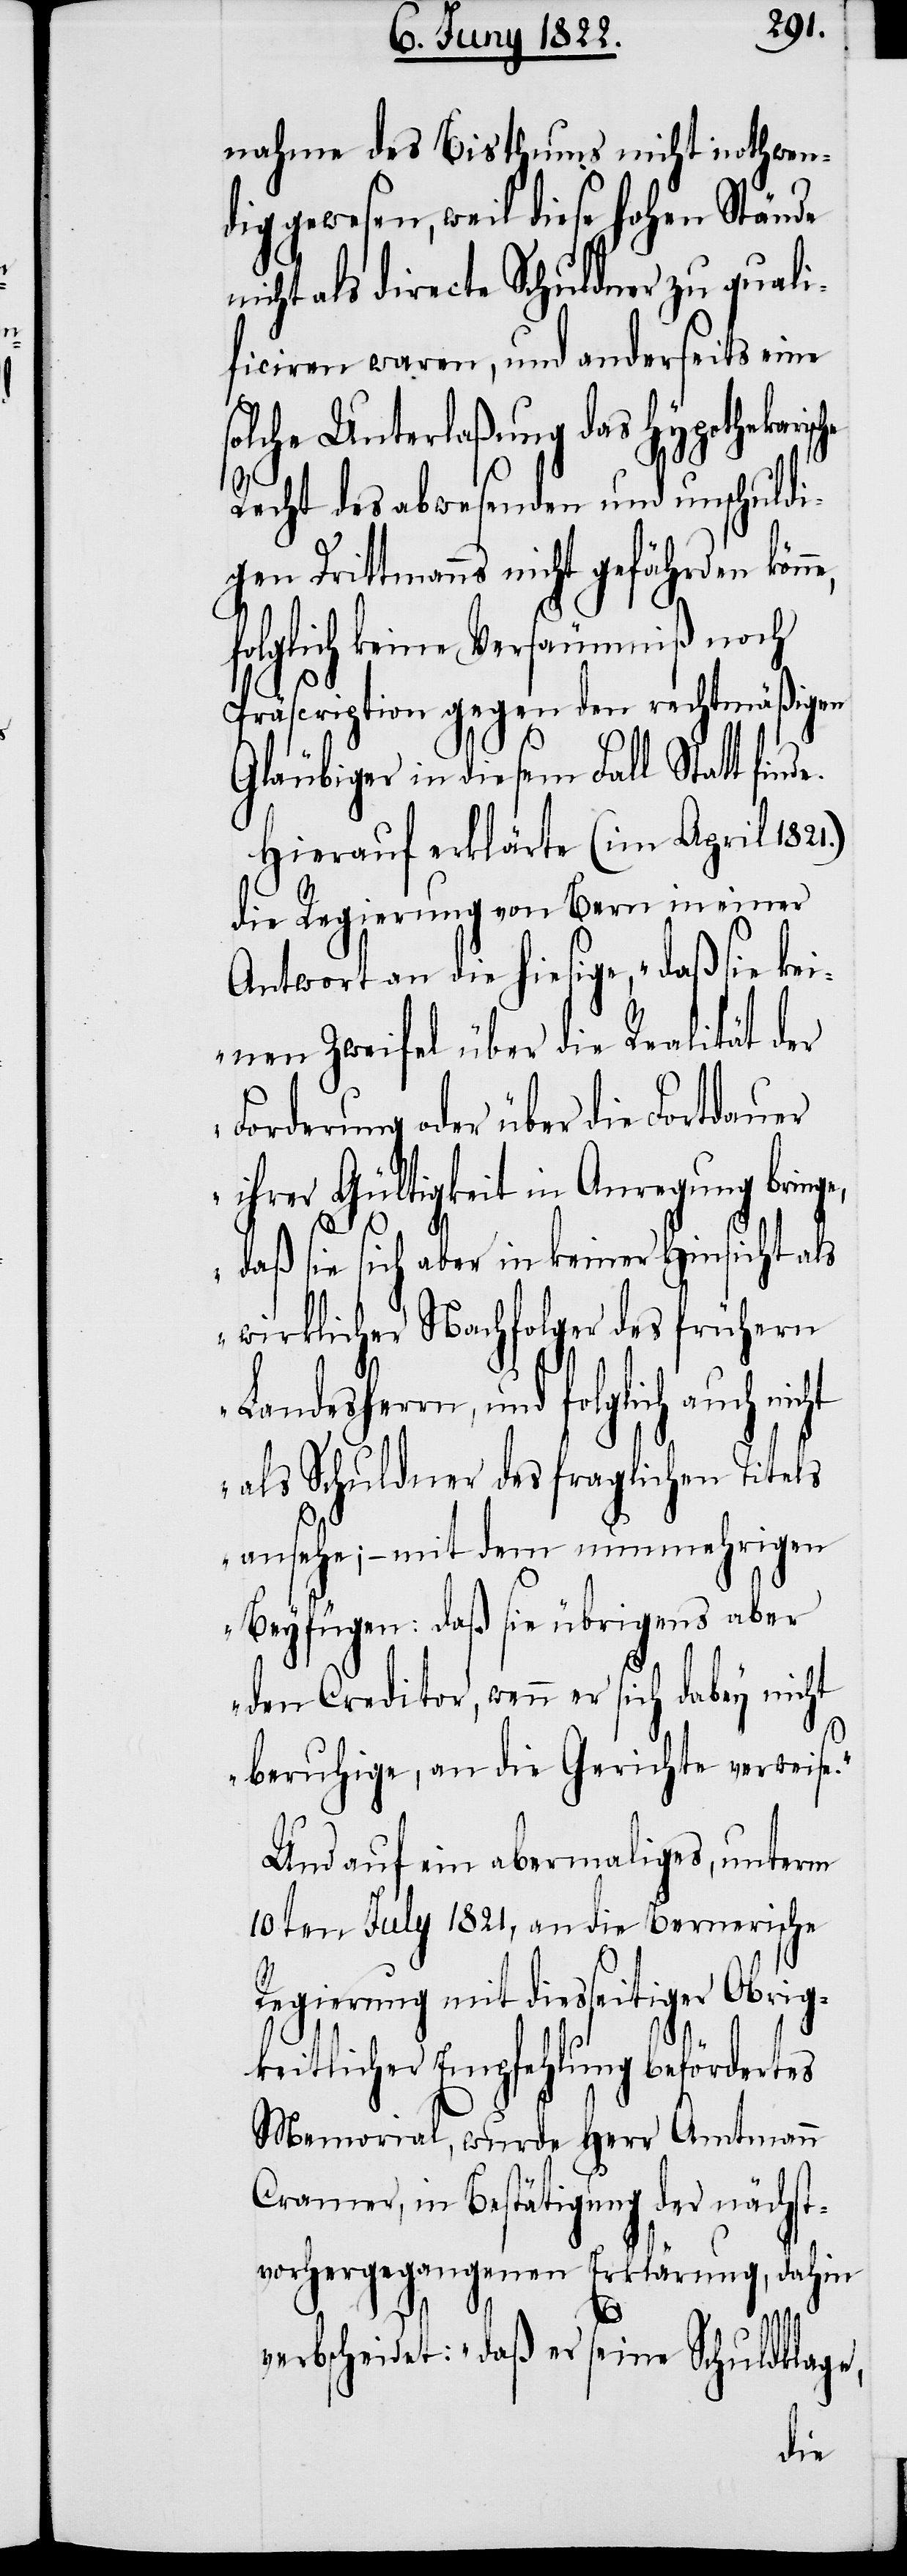
nahme des Bisthums nicht nothwen¬
dig gewesen, weil diese hohen Stände
nicht als directe Schuldner zu quali¬
ficiren waren, und anderseits eine
lche Unterlaßung das hypotheka¬
Recht des abwesenden und unschuldi¬
gen Drittmanns nicht gefährden könn¬
folglich keine Versäumniß noch
Präscription gegen den rechtmäßigen
Gläubiger in diesem Fall Statt fin¬
Hierauf erklärte (im April 1821.)
die Regierung von Bern in einer
Antwort an die hiesige, „daß sie kei¬
nen Zweifel über die Realität der
Forderung oder über die Fortdauer
ihrer Gültigkeit in Anregung bringe,
e.“
daß sie sich aber in keiner Hinsicht als
wirklicher Nachfolger des frühern
Landesherrn, und folglich auch nicht
als Schuldner des fraglichen Titels
ansehe; – mit dem nunmehrigen
Beyfügen: daß sie übrigens aber
den Creditor, wenn er sich dabey nicht
beruhige, an die Gerichte verweis¬
Und auf ein abermaliges, unterm
10ten July 1821, an die Bernerische
Regierung mit diesseitiger Obrig¬
keitlicher Empfehlung befördertes
Memorial, wurde Herr Amtmann
Cramer, in Bestätigung der nächst¬
vorhergegangenen Erklärung, dahin
che
verbscheidet: „daß er seine Schuldklage,